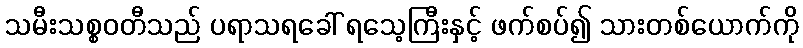
သမီးသစ္စဝတီသည် ပရာသရခေါ် ရသေ့ကြီးနှင့် ဖက်စပ်၍ သားတစ်ယောက်ကို